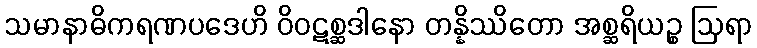
သမာနာဓိကရဏပဒေဟိ ဝိဝဋစ္ဆဒါနော တန္နိဿိတော အစ္ဆရိယဉ္စ ဩရာ